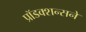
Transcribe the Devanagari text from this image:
प्रॉडक्शन्सने